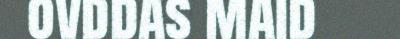
ovddas maid